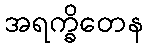
အရက္ခိတေန